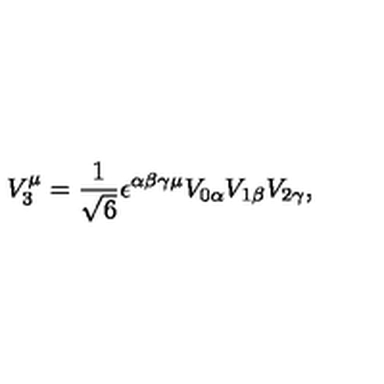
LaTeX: V _ { 3 } ^ { \mu } = \frac { 1 } { \sqrt { 6 } } \epsilon ^ { \alpha \beta \gamma \mu } V _ { 0 \alpha } V _ { 1 \beta } V _ { 2 \gamma } ,